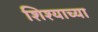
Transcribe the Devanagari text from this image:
शिश्याच्या